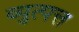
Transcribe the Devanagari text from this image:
व्युत्पत्त